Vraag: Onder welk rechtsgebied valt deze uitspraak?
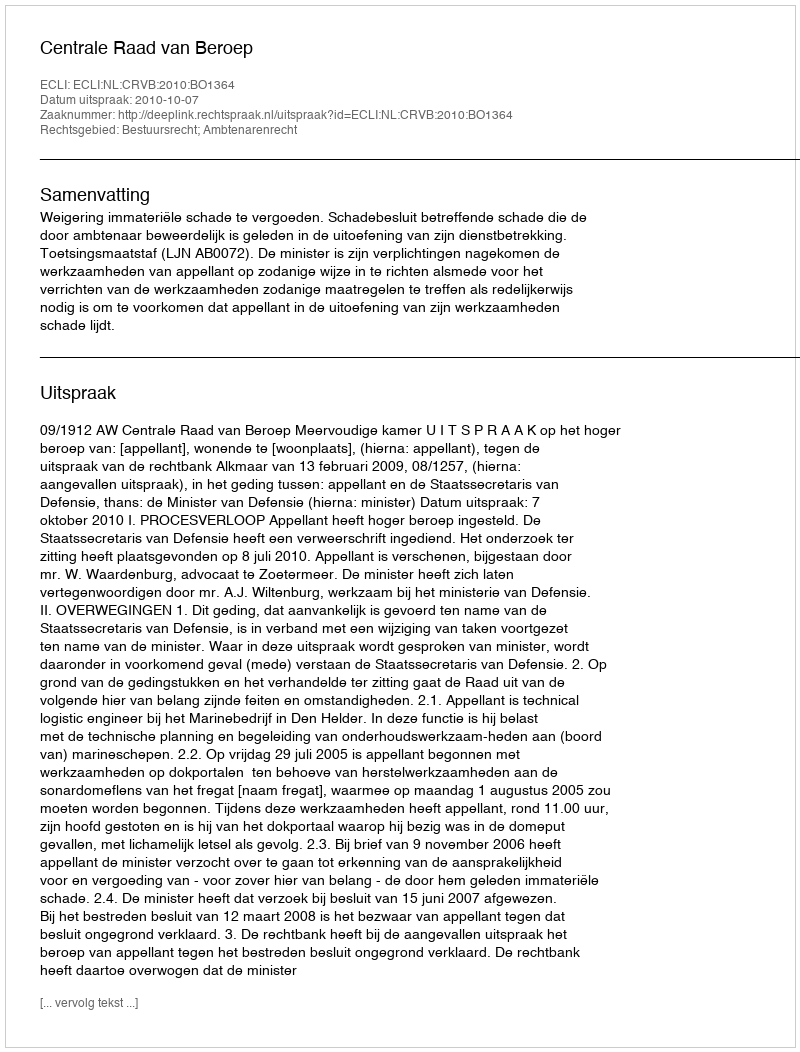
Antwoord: Bestuursrecht; Ambtenarenrecht